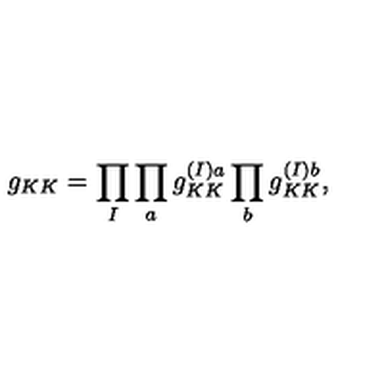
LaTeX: g _ { K K } = \prod _ { I } \prod _ { a } g _ { K K } ^ { ( I ) a } \prod _ { b } g _ { K K } ^ { ( I ) b } ,